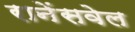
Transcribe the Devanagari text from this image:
रानेंसवेल